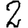
Digit: 2